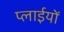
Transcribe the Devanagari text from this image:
प्लाईयों